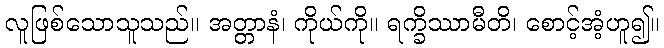
လူဖြစ်သောသူသည်။ အတ္တာနံ၊ ကိုယ်ကို။ ရက္ခိဿာမီတိ၊ စောင့်အံ့ဟူ၍။